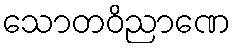
သောတဝိညာဏေ